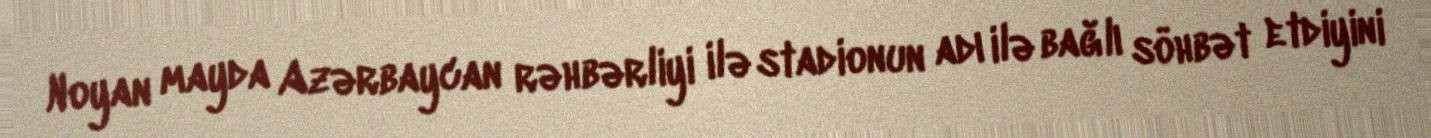
Noyan mayda Azərbaycan rəhbərliyi ilə stadionun adı ilə bağlı söhbət etdiyini